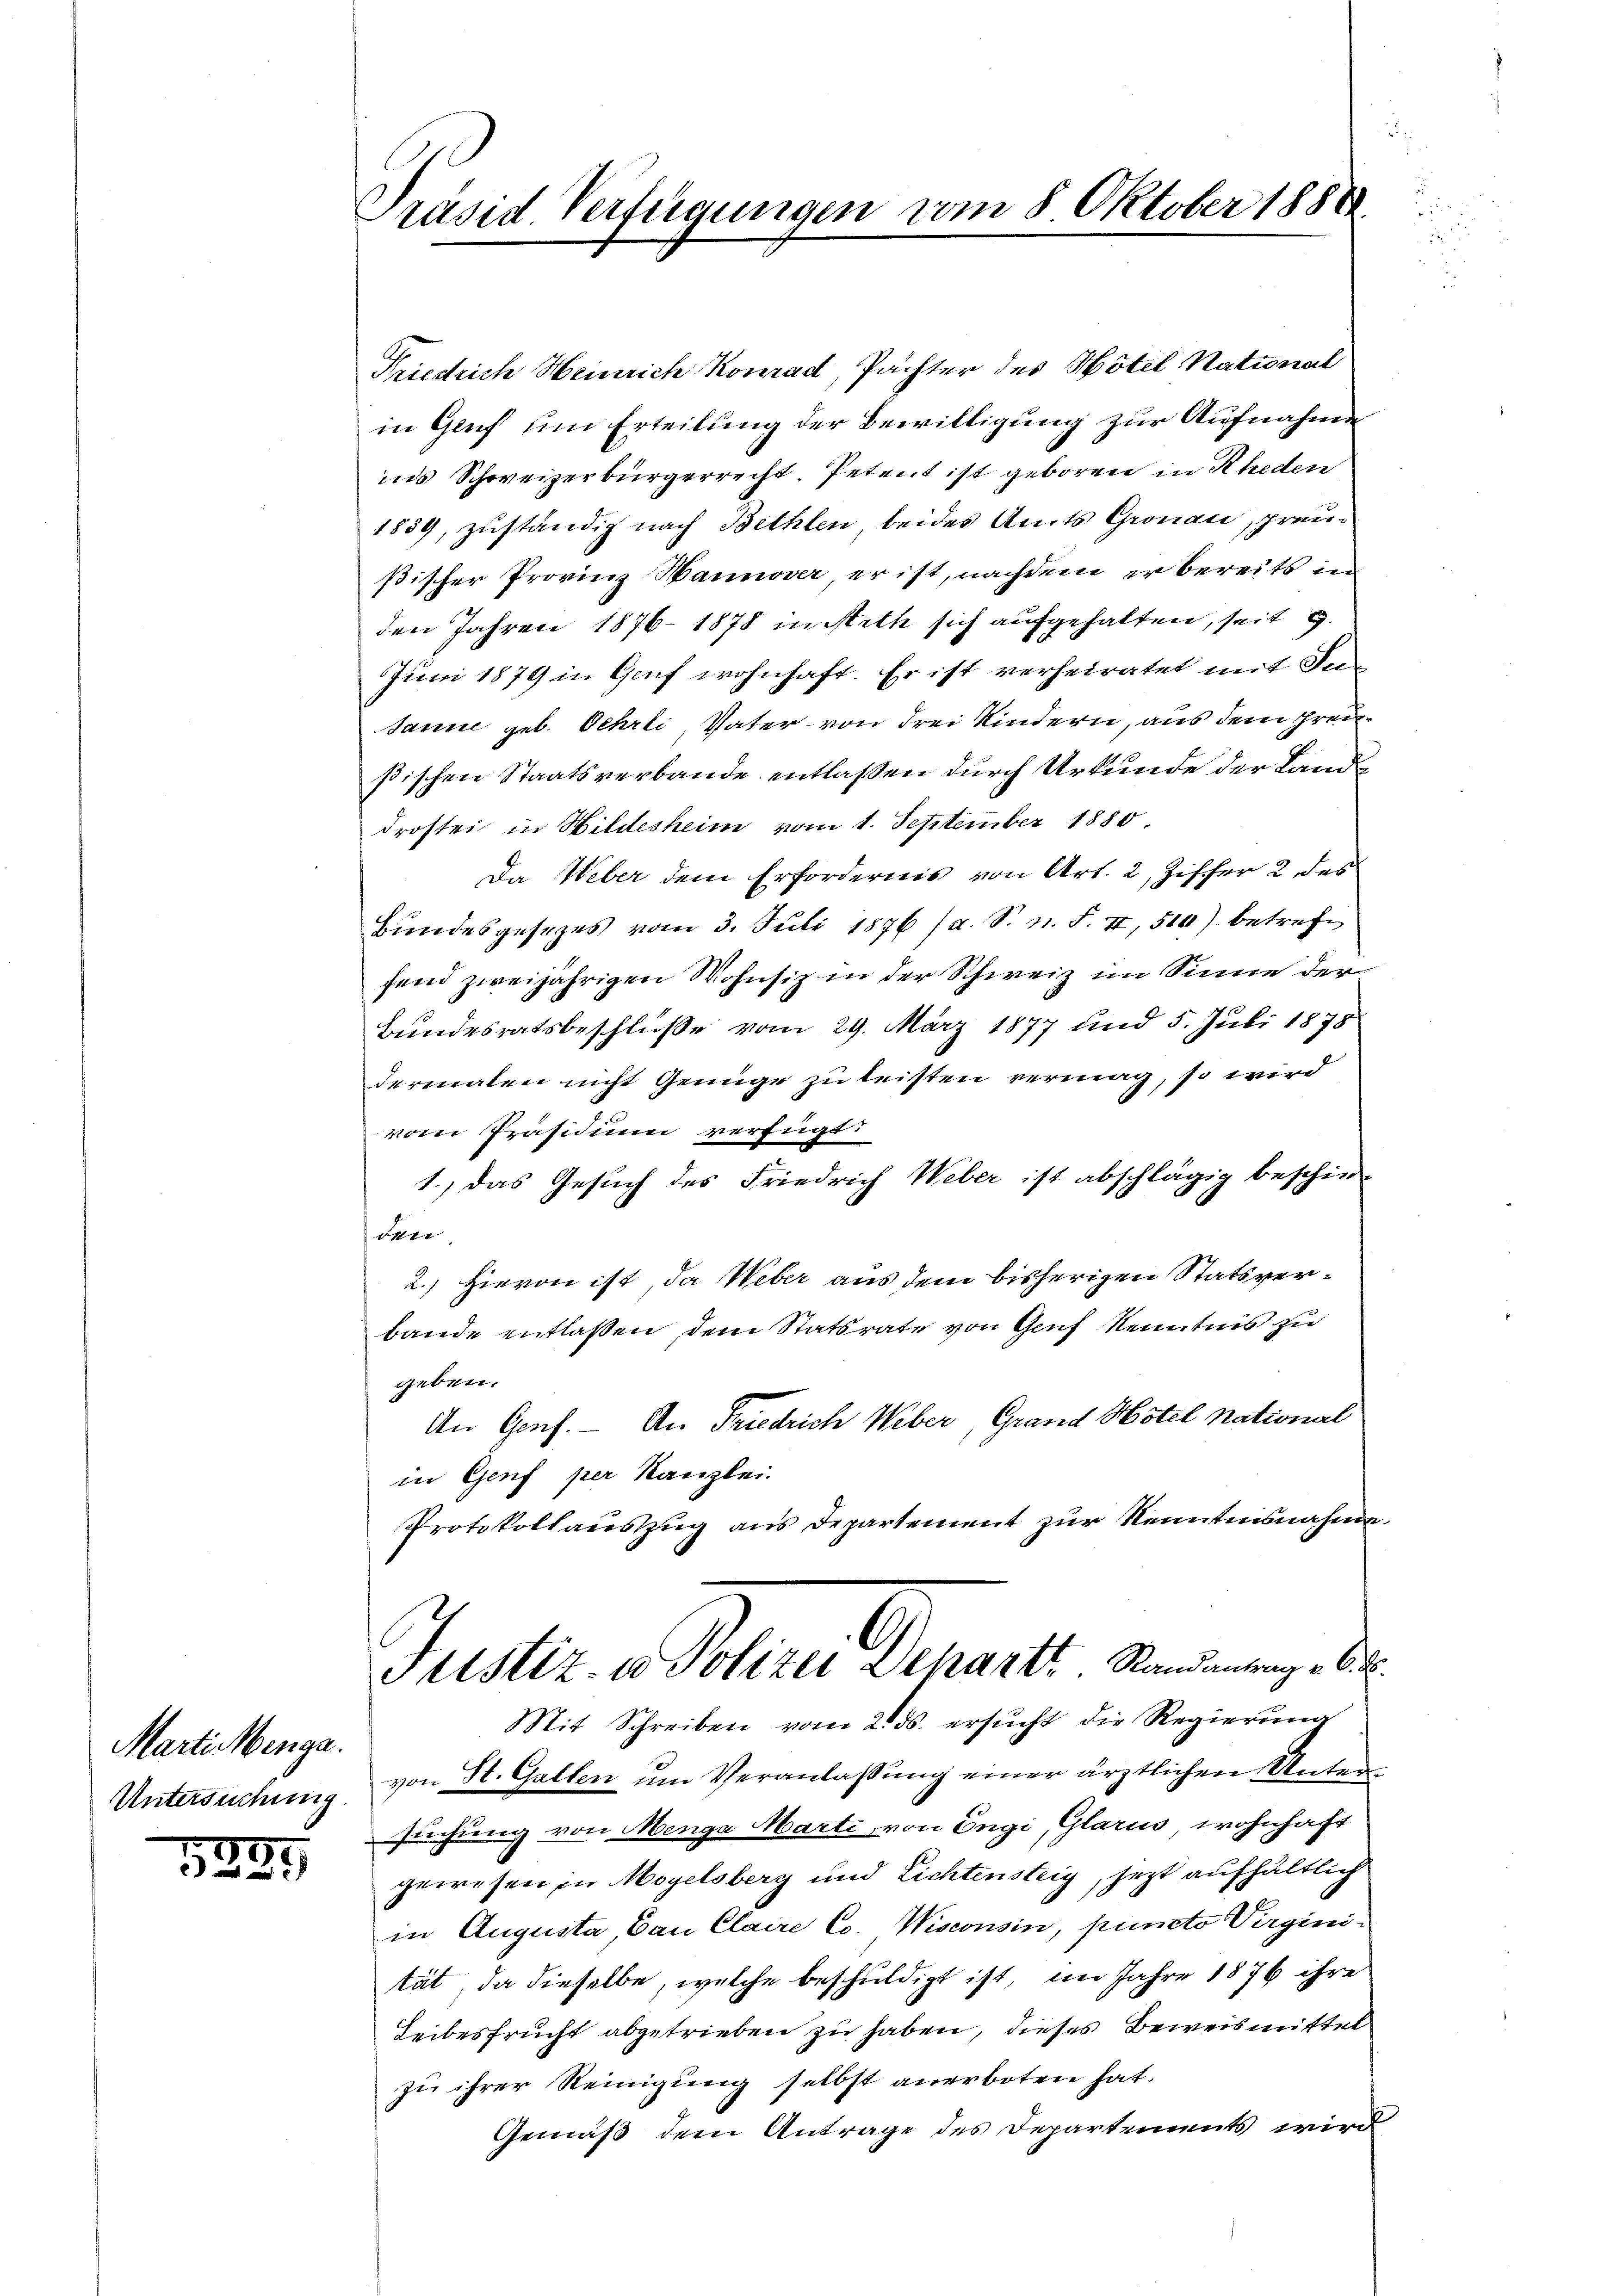
Marti Menga
Untersuchung.

1889

Präsid. Verfügungen vom 8. Oktober 188

Friedrich Heinrich Konrad, Pachter des Hotel National
in Gluf um Erteilung der Bewilligung zur Aufnahmen
ins Schweizerbürgerrecht. Petent ist geboren in Rheden
1839, zuständig nach Bethlen, beides Amts Gronau, preußischer Provinz Hannover, er ist, nachdem er bereits in
den Jahren 1876. 1878 in Arth sich aufgehalten, seit g
Juni 1879 in Genf wohnhaft. Er ist verheiratet mit Ju¬
Janne geb. Oehrli, Vater von Frei Kindern, aus dem Freißischen Staatsverbande entlaßen durch Urkunde der Landdrostei in Wildesheim vom 1. September 1880.
Da Weber dem Erfordernis von Art. 2, Zischer 2 des
Bundesgesezes vom 3. Juli 1876 (a. S. n. F. II, 510) betreffend zweijährigen Wohnsiz in der Schweiz im Sinne der
Bundesratsbeschluße vom 29. März 1877 und 5. Juli 1875
dermalen nicht Genüge zu leisten vermag, so wird
vom Präsidium verfügt:
1.) Das Gesuch des Friedrich Weber ist abschlägig beschie-
den
2.) Hievon ist, da Weber aus dem bisherigen Statsverbande entlassen, dem Statsrate von Genf Kenntnis zu
geben.
An Genf. – An Friedrich Weber, Grand Hotel national
in Genf per Kanzlei.
Protokollauszug aus Departement zur Kenntnisnahme
Justiz u. Polizei Departi. Standerung de
Mit Schreiben vom 2. ds. ersŭcht die Regierŭng
von St. Gallen um Veranlassung einer ärztlichen Untersuchung von Menge Marti, von Engi, Glarus wohnhaft
gewesen in Mogelsberg und Lichtensteig, jetzt aufhältlich
in Augusta Bau Claire Co. Wisconsin, puncto Virginität, da dieselbe, welche beschuldigt ist, im Jahre 1876 ihre
Leibesfrucht abgetrieben zu haben, dieses Beweismittel
zu ihrer Reinigung selbst anerboten hat.
Gemäß dem Antrage des Departements wird